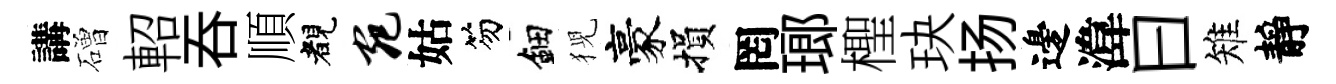
講磳軺呑順睹宛姑笏鈿猊豪損罔瑯檉玦扬邊湋曰雉靜